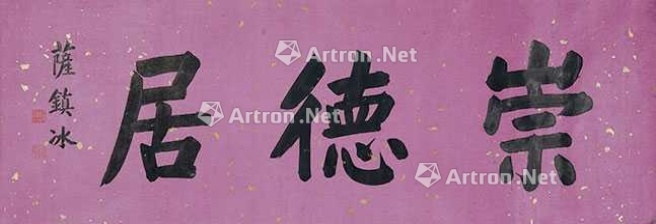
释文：崇德居萨镇冰